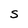
Character: S